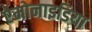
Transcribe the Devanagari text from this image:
ऐमोनाइडिया